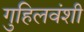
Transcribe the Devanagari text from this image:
गुहिलवंशी